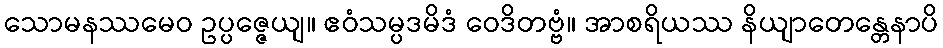
သောမနဿမေဝ ဥပ္ပဇ္ဇေယျ။ ဧဝံသမ္ပဒမိဒံ ဝေဒိတဗ္ဗံ။ အာစရိယဿ နိယျာတေန္တေနာပိ